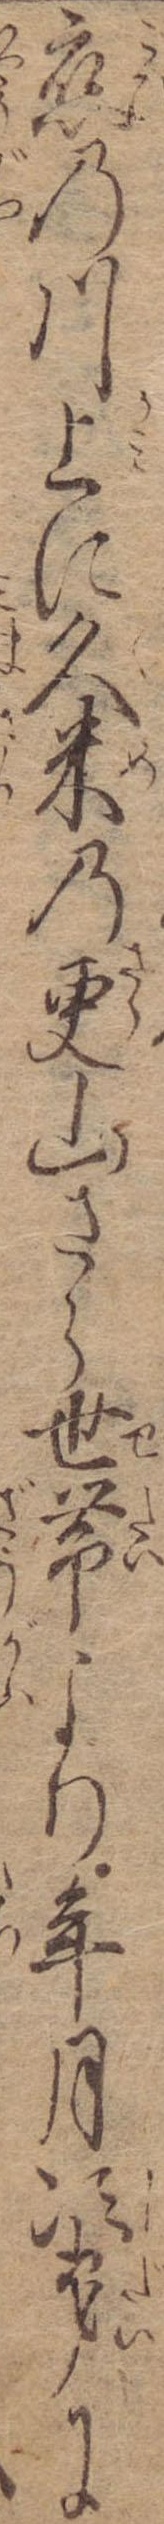
恋の川上に久米の更山さら世帯より年月次第に